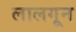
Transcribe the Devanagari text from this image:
लालगून